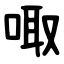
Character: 㖩